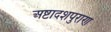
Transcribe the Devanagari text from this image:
अष्टादशपुराण